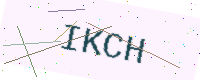
Text: IKCH